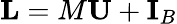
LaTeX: \mathbf{L}=M\mathbf{U}+\mathbf{I}_{B}